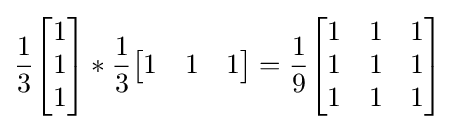
{\frac {1}{3}}{\begin{bmatrix}1\\1\\1\end{bmatrix}}*{\frac {1}{3}}{\begin{bmatrix}1&1&1\end{bmatrix}}={\frac {1}{9}}{\begin{bmatrix}1&1&1\\1&1&1\\1&1&1\end{bmatrix}}